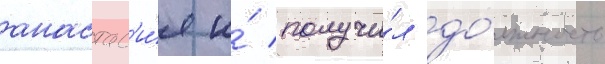
анастас'и́я и́ получи́л до́лжность